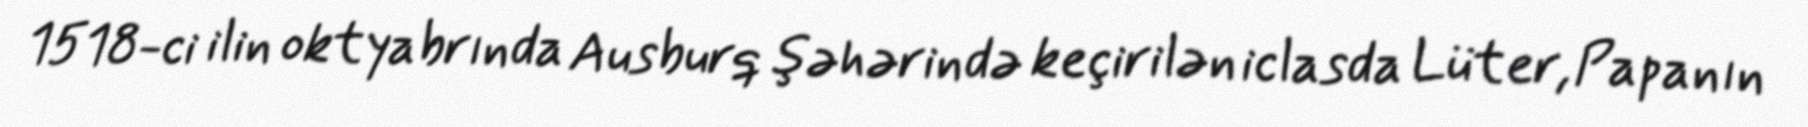
1518-ci ilin oktyabrında Ausburq şəhərində keçirilən iclasda Lüter, Papanın